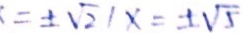
= \pm \sqrt { 2 } / x = \pm \sqrt { 5 }